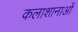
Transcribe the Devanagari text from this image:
कलाशानाओं